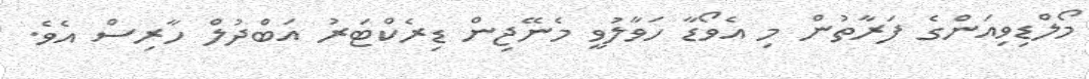
މޯލްޑިވިއަންގެ ފަރާތުން މި އެވޯޑާ ހަވާލުވީ މެނޭޖިން ޑިރެކްޓަރު އަބްދުލް ހާރިސް އެވެ.